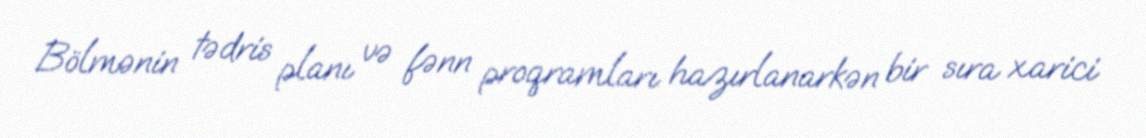
Bölmənin tədris planı və fənn proqramları hazırlanarkən bir sıra xarici